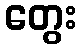
တွေး